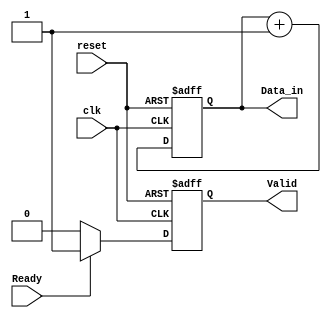
module producer (
    input wire clk,
    input wire reset,
    output reg [7:0] Data_in,
    output reg Valid,
    input wire Ready
);
    // Simple counter-based producer for illustration
    initial begin
        Data_in = 8'b0;
        Valid = 1'b0;
    end

    always @(posedge clk or posedge reset) begin
        if (reset) begin
            Data_in <= 8'b0;
            Valid <= 1'b0;
        end else begin
            // Produce data
            Data_in <= Data_in + 1;
            Valid <= 1'b1; // Assert valid when data is available

            // If Ready is low, keep Valid low (optional)
            if (!Ready) begin
                Valid <= 1'b0; // Deassert Valid if consumer is not ready
            end
        end
    end
endmodule